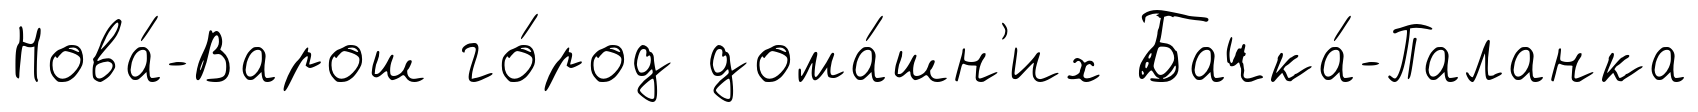
Нова́-Варош го́род дома́шн'их Бачка́-Паланка